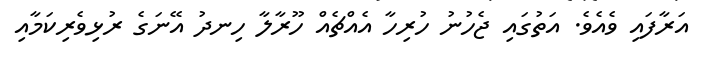
އަރާފައި ވެއެވެ. އަތުގައި ޖެހުނު ހުރިހާ އެއްޗެއް ހޫރާލާ ހިނދު އޭނަގެ ރުޅިވެރިކަމާއި